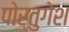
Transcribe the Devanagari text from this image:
पोर्तुगेश